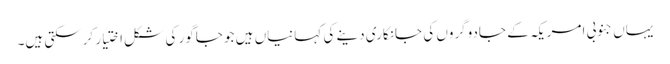
یہاں جنوبی امریکہ کے جادوگروں کی جانکاری دینے کی کہانیاں ہیں جو جاگور کی شکل اختیار کرسکتی ہیں۔